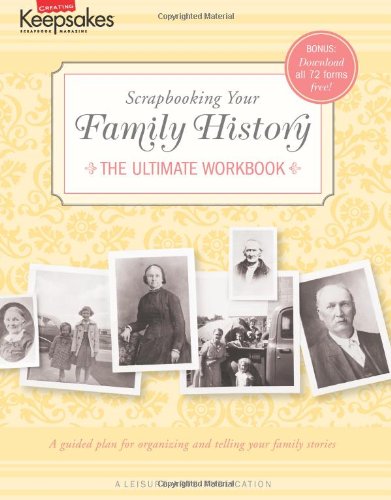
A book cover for Creating Keepsakes: Scrapbooking Your Family History:  (Leisure Arts #4295); Crafts Media LLC; Crafts, Hobbies & Home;